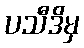
ပသီဒိမှ